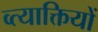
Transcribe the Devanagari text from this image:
व्त्याक्तियों